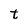
Character: t